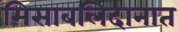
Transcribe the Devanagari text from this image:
मिसाबलिदानात